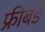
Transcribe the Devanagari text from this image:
फ्रीबर्ड